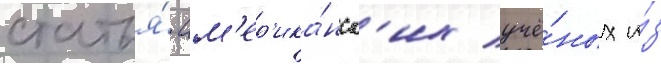
статья́ ам'ер'ика́нск'их учё́ных и́з